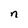
Character: n